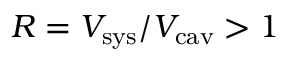
R = V _ { \mathrm { s y s } } / V _ { \mathrm { c a v } } > 1